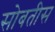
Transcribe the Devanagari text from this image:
सोबतीस